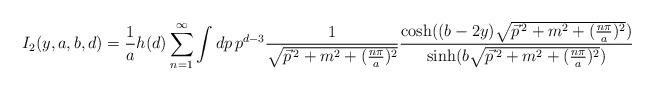
LaTeX: \begin{align*}I_{2}(y,a,b,d)=\frac{1}{a}h(d)\sum_{n=1}^{\infty }\int dp\,p^{d-3}\frac{1}{\sqrt{\vec{p}^{\,2}+m^{2}+(\frac{n\pi }{a})^{2}}}\frac{\cosh ((b-2y)\sqrt{\vec{p}^{\,2}+m^{2}+(\frac{n\pi }{a})^{2}})}{\sinh (b\sqrt{\vec{p}^{\,2}+m^{2}+(\frac{n\pi }{a})^{2}})}\end{align*}